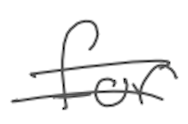
Text: for
Cross-out: double-line
Writing tool: digital_gray